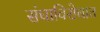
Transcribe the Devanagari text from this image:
संघाविरोधात